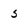
Character: 5